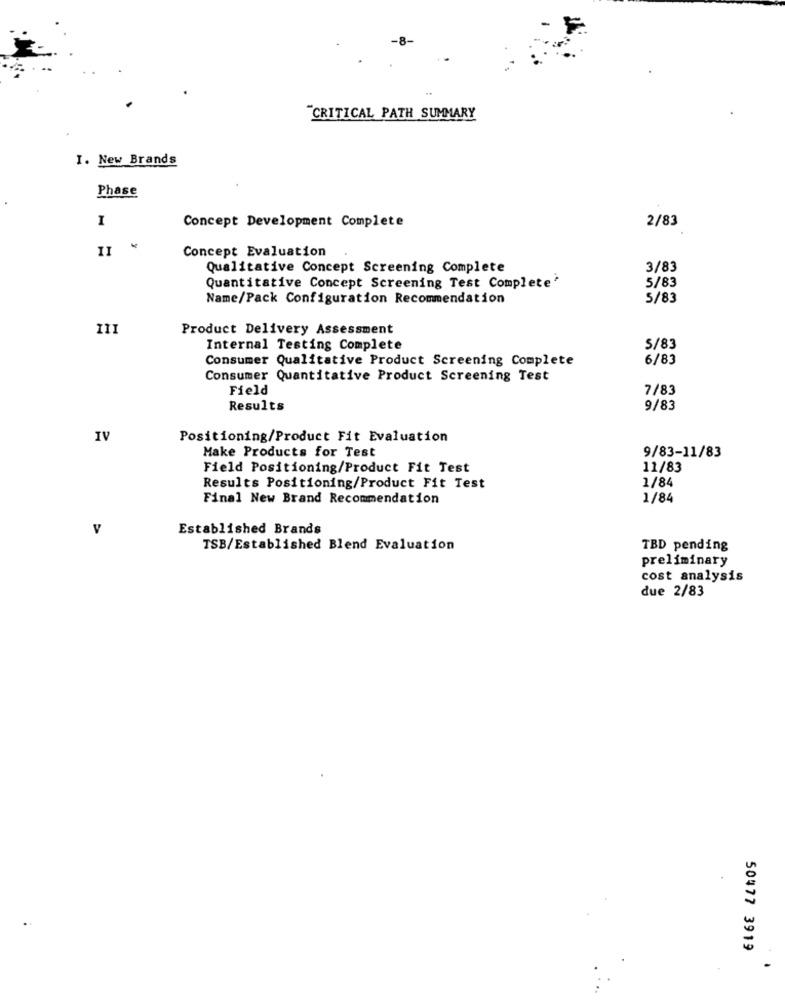
CRITICAL PATH SUMMARY
I. New Brands
Phase
I
2/83
Concept Development Complete
II
Concept Evaluation
Qualitative Concept Screening Complete
3/83
Quantitative Concept Screening Test Complete'
5/83
Name/Pack Configuration Recommendation
5/83
III
Product Delivery Assessment
Internal Testing Complete
$/83
Consumer Qualitative Product Screening Complete
6/83
Consumer Quantitative Product Screening Test
Field
7/83
Results
9/83
IV
Positioning/Product Fit Evaluation
Make Products for Test
9/83-11/83
Field Positioning/Product Fit Test
11/83
1/84
Results Positioning/Product Fit Test
Final New Brand Recommendation
1/84
V
Established Brands
TSB/Established Blend Evaluation
TBD pending
preliminary
cost analysis
due 2/83
50477 3919